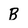
Character: B